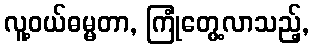
လူ့ဝယ်ဓမ္မတာ, ကြုံတွေ့လာသည့်,